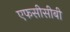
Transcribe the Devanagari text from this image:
एफसीसीबी